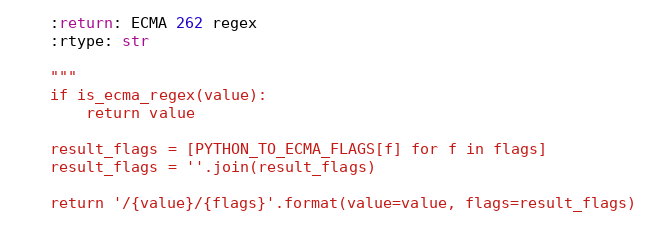
Language: Python
    :return: ECMA 262 regex
    :rtype: str

    """
    if is_ecma_regex(value):
        return value

    result_flags = [PYTHON_TO_ECMA_FLAGS[f] for f in flags]
    result_flags = ''.join(result_flags)

    return '/{value}/{flags}'.format(value=value, flags=result_flags)